Civil Veterinary Department. United Provinces 1923-31 - 1923-1931
Year: 1923
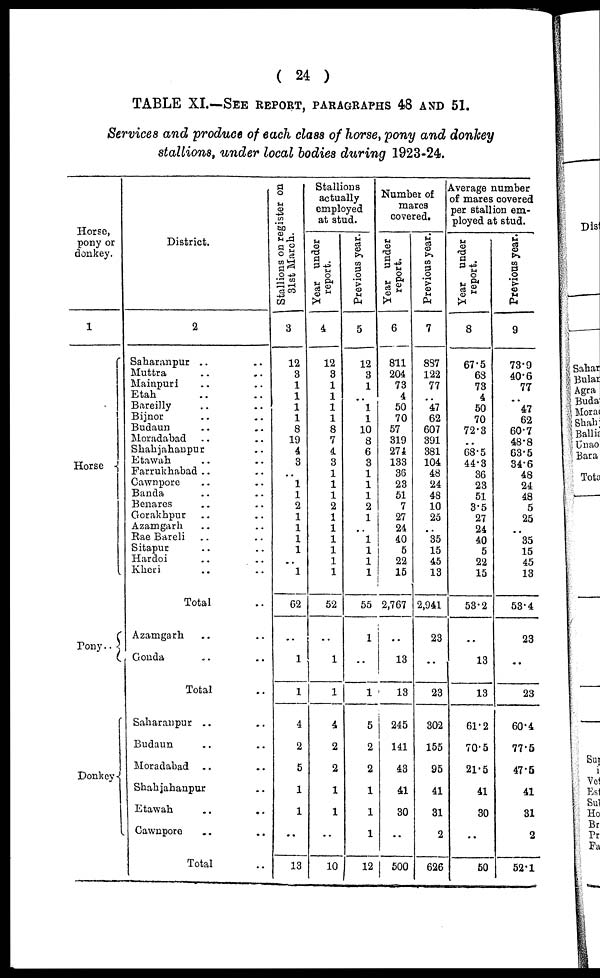
( 24 )
TABLE XI.—SEE REPORT, PARAGRAPH 48 AND 51.
Services and produce of each class of horse, pony and donkey
stallions, under local bodies during 1923-24.
Horse,
pony or
donkey.
1
Horse
Pony..
Donkey
District.
2
Saharanpur .. ..
Muttra .. ..
Mainpuri .. ..
Etah .. ..
Bareilly .. ..
Bijnor .. ..
Budaun .. ..
Moradabad .. ..
Shahjahanpur ..
Etawah .. ..
Farrukhabad .. ..
Gawnpore .. ..
Banda .. ..
Benares .. ..
Gorakhpur .. ..
Azamgarh .. ..
Rae Bareli .. ..
Sitapur .. ..
Hardoi
.. ..
Kheri .. ..
Total ..
Azamgarh .. ..
Gonda .. ..
Total ..
Saharanpur .. ..
Budaun .. ..
Moradabad .. ..
Shahjahanpur ..
Etawah .. ..
Cawnpore .. ..
Total ..
Stallions on register on
31st March.
3
12
3
1
1
1
1
8
19
4
3
..
1
1
2
1
1
1
1
1
62
..
1
1
4
2
5
1
1
..
13
Stallions
actually
employed
at stud.
Year under
report.
4
12
3
1
1
1
1
8
7
4
3
1
1
1
2
1
1
1
1
1
1
52
..
1
1
4
2
2
1
1
..
10
Previous year.
5
12
3
1
..
1
1
10
8
6
3
1
1
1
2
1
..
1
1
1
1
55
1
..
1
5
2
2
1
1
1
12
Number of
mares
covered.
Year under
report.
6
811
204
73
4
50
70
57
319
274
133
36
23
51
7
27
24
40
5
22
15
2,767
..
13
13
245
141
43
41
30
..
500
Previous year.
7
897
122
77
..
47
62
607
391
381
104
48
24
48
10
25
..
35
15
45
13
2,941
23
..
23
302
155
95
41
31
2
626
Average number
of mares covered
per stallion em-
ployed at stud.
Year under
report.
8
67.5
68
73
4
50
70
72.3
..
68.5
44.3
36
23
51
3.5
27
24
40
5
22
15
53.2
..
13
13
61.2
70.5
21.5
41
30
..
50
Previous year.
9
73.9
40.6
77
..
47
62
60.7
48.8
63'5
34.6
48
24
48
5
25
..
35
15
45
13
53.4
23
..
23
60.4
77.5
47.5
41
31
2
52.1